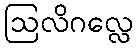
ဩလိဂလ္လေ